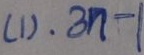
( 1 ) . 3 n - 1